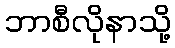
ဘာစီလိုနာသို့